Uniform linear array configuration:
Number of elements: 32
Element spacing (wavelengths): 0.5
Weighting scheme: kaiser
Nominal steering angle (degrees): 60
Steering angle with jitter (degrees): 60.562
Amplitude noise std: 0.05
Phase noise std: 0.05

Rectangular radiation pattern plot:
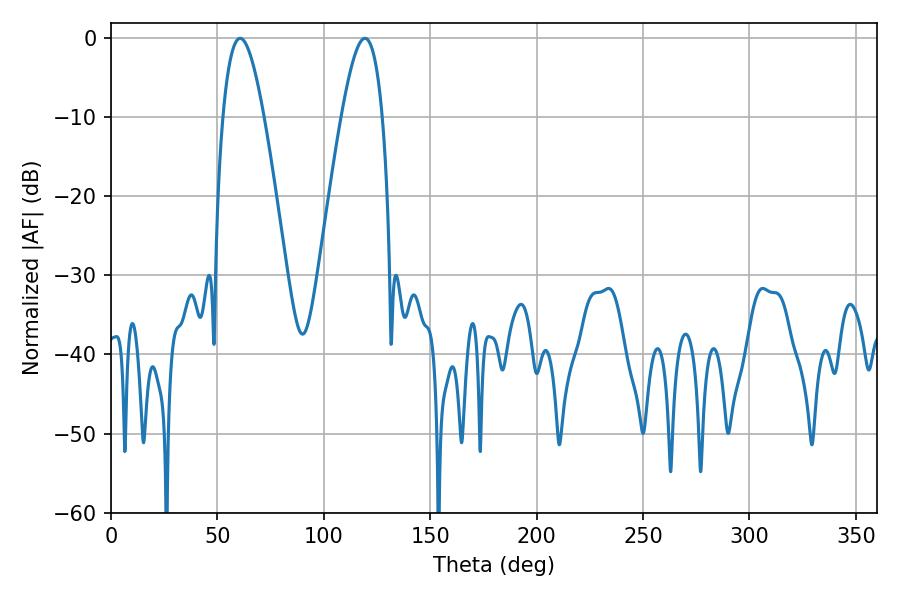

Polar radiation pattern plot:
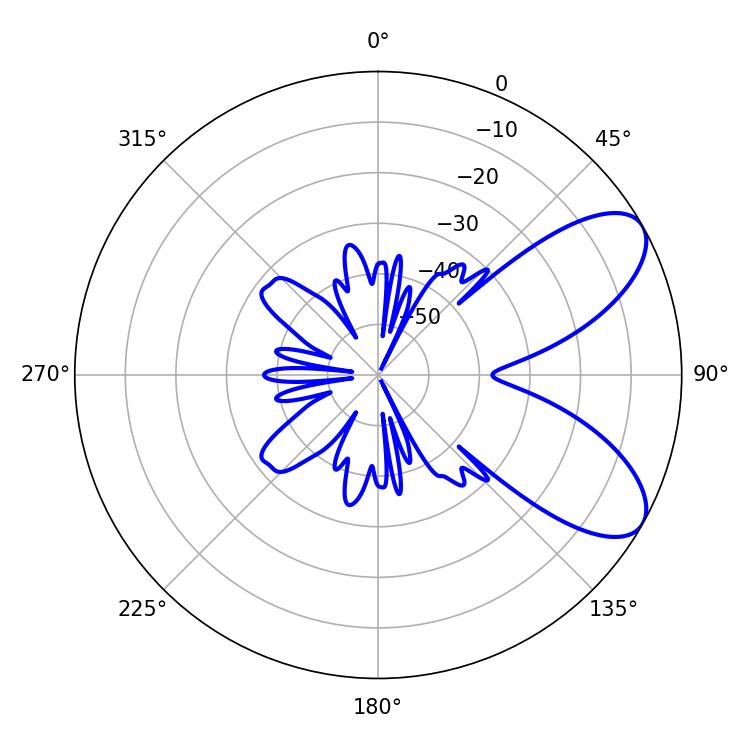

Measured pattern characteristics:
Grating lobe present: FALSE
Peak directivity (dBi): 7.608
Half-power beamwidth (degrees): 10.44
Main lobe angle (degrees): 60.66